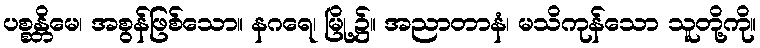
ပစ္စန္တိမေ၊ အစွန်ဖြစ်သော။ နဂရေ၊ မြို့၌။ အညာတာနံ၊ မသိကုန်သော သူတို့ကို။